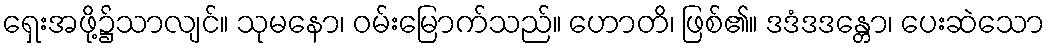
ရှေးအဖို့၌သာလျင်။ သုမနော၊ ဝမ်းမြောက်သည်။ ဟောတိ၊ ဖြစ်၏။ ဒဒံဒဒန္တော၊ ပေးဆဲသော